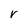
Character: r